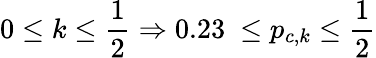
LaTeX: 0\leq k\leq\frac{1}{2}\Rightarrow 0.23\ \leq p_{c,k}\leq\frac{1}{2}